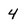
Character: 4